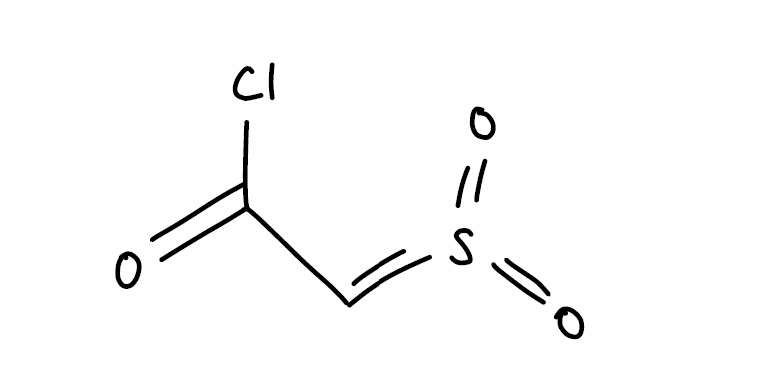
Simplified molecular-input line-entry system (SMILES) notation of the given molecule:
C(=S(=O)=O)C(=O)Cl